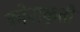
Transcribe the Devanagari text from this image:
कोनाकृती